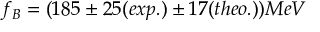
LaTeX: f _ { B } = ( 1 8 5 \pm 2 5 ( e x p . ) \pm 1 7 ( t h e o . ) ) M e V